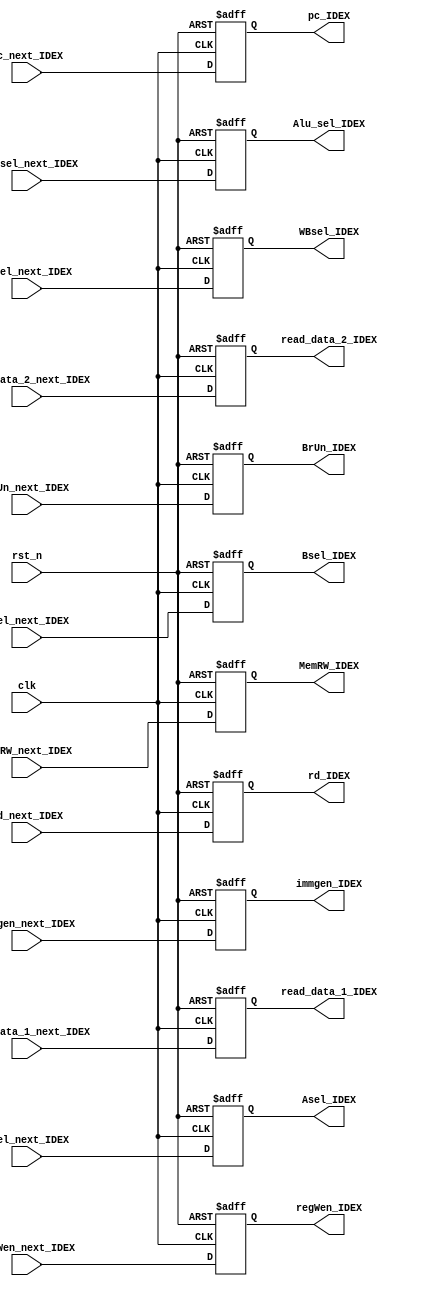
`timescale 1ns / 1ps

module ID_EX_flipflop
    (     
          input wire rst_n, clk,
          input wire MemRW_next_IDEX, Asel_next_IDEX, Bsel_next_IDEX, BrUn_next_IDEX, regWen_next_IDEX,
          input wire [1:0] WBsel_next_IDEX, // output khoi control
          input wire [3:0]  Alu_sel_next_IDEX, //  output khoi control
          input wire [31:0] read_data_1_next_IDEX, read_data_2_next_IDEX,  immgen_next_IDEX, // output cua reg va immgen
          input wire [31:0] pc_next_IDEX, // output cua pc
          input wire [4:0] rd_next_IDEX,  //output cua inst
          output reg [31:0] immgen_IDEX, read_data_1_IDEX, read_data_2_IDEX, pc_IDEX,  
          output reg [3:0] Alu_sel_IDEX, 
          output reg  MemRW_IDEX, regWen_IDEX, Asel_IDEX, Bsel_IDEX, BrUn_IDEX,
          output reg [4:0] rd_IDEX,
          output reg [1:0] WBsel_IDEX
    );
    
    
    always @(negedge clk,  negedge rst_n )
    if(~rst_n)
    begin
       immgen_IDEX <= 0;
       read_data_1_IDEX <= 0;
       read_data_2_IDEX <= 0;
       pc_IDEX <= 0;
       Asel_IDEX <= 0;
       Bsel_IDEX <= 0;
       BrUn_IDEX <= 0;
       Alu_sel_IDEX <= 0;
       rd_IDEX <= 0;
       WBsel_IDEX <= 0;
       MemRW_IDEX <= 0;
       regWen_IDEX <= 0;
    end
    else 
    begin
       immgen_IDEX <= immgen_next_IDEX;
       read_data_1_IDEX <= read_data_1_next_IDEX;
       read_data_2_IDEX <= read_data_2_next_IDEX;
       pc_IDEX <= pc_next_IDEX;
       Asel_IDEX <= Asel_next_IDEX;
       Bsel_IDEX <= Bsel_next_IDEX;
       BrUn_IDEX <= BrUn_next_IDEX;
       Alu_sel_IDEX <= Alu_sel_next_IDEX;
       rd_IDEX <= rd_next_IDEX;
       WBsel_IDEX <= WBsel_next_IDEX;
       MemRW_IDEX <= MemRW_next_IDEX;
       regWen_IDEX <= regWen_next_IDEX;
    end
endmodule